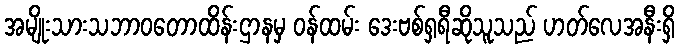
အမျိုးသားသဘာဝတောထိန်းဌာနမှ ဝန်ထမ်း ဒေးဗစ်ရှရီဆိုသူသည် ဟတ်လေအနီးရှိ